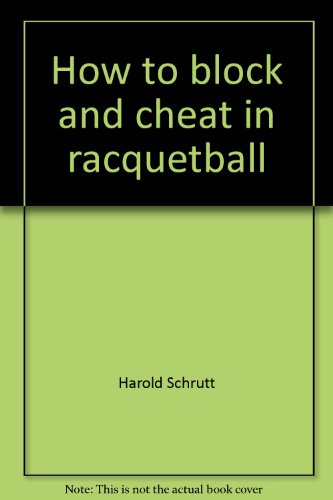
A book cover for How to block and cheat in racquetball; Harold Schrutt; Sports & Outdoors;